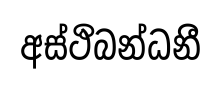
අස්ථිබන්ධනී